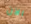
الآن